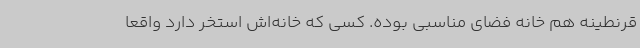
قرنطینه هم خانه فضای مناسبی بوده. کسی که خانه‌اش استخر دارد واقعاً